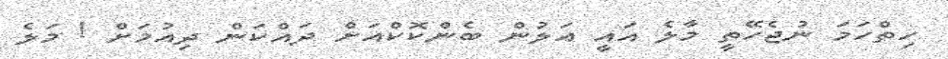
ހިތްހަމަ ނުޖެހޭތީ މާލެ އައީ އަލުން ބެންކޮކްއަށް ދައްކަން ދިއުމަށް ! މަލެ